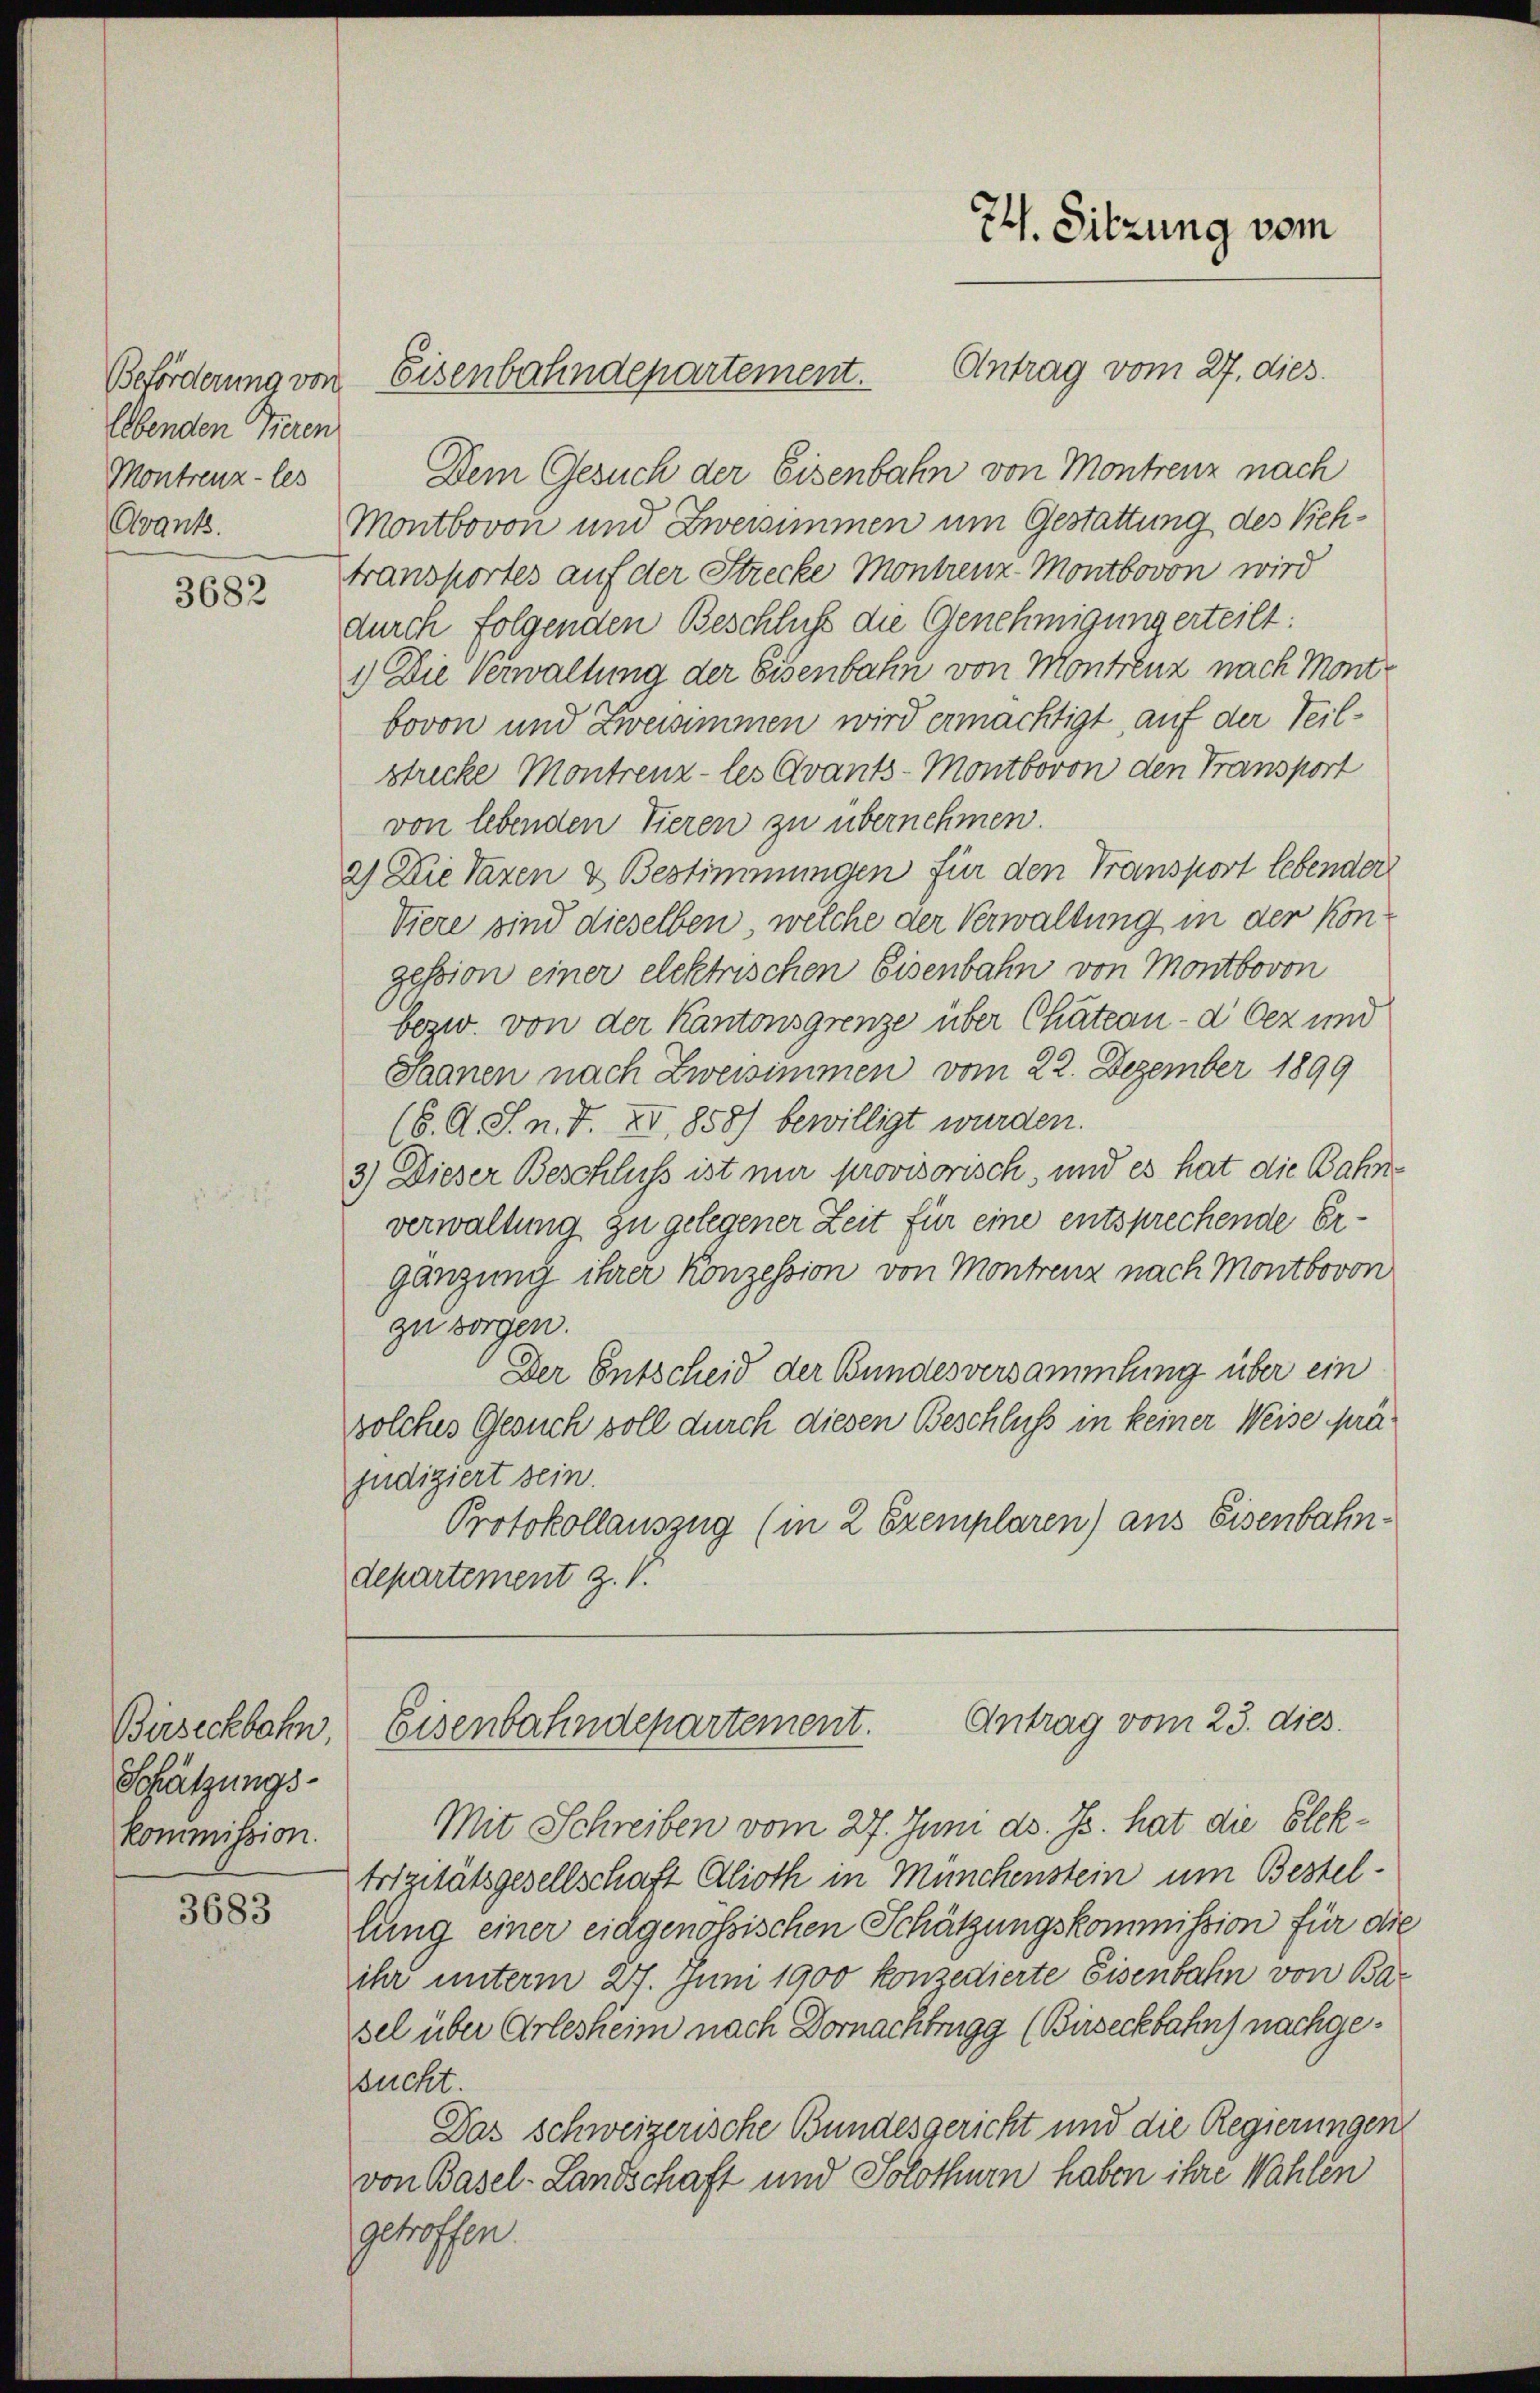
Beförderung von
Ebenden Tieren
Montrenz - les
Avant.

3682

Birseckbahn
Schätzungs-
kommission.

3683

Antrag vom 27. dies
Dem Gesuch der Eisenbahn von Montrenz nach
Montbovon und Zweisimmen um Gestattung des Rehtransportes auf der Strecke Montreuz-Montbovon wird
durch folgenden Beschluß die Genehmigung erteilt:
1.) Die Verwaltung der Eisenbahn von Montrenz nach Montbovon und Zweisimmen wird ermächtigt, auf der Teilstrecke Montrenz - les Avants-Montbovon den Transport
von lebenden Vieren zu übernehmen.
2) Die Taxen & Bestimmungen für den Transport lebender
Viere sind dieselben, welche der Verwaltung in der Kongession einer elektrischen Eisenbahn von Montbovon
bezw. von der Kantonsgrenze über Chätern - d Oez und
Saanen nach Zweisimmen vom 22. Dezember 1899
(6. A. S. n. F. XI. 858) bewilligt wurden.
3) Dieser Beschluss ist nur provisorisch, und es hat die Bahnverwaltung zu gelegener Zeit für eine entsprechende Ergänzung ihrer Konzession von Montrenz nach Montbovon
zu sorgen.
Der Entscheid der Bundesversammlung über ein
solches Gesuch soll durch diesen Beschluss in keiner Weise prä
judiziert sein.
Protokollauszug (in 2 Exemplaren) aus Eisenbahndepartement z. V.

Eisenbahndepartement.

74. Sitzung vom

Antrag vom 23. dies.
Eisenbahndepartement.

Mit Schreiben vom 27. Juni d. Js. hat die Elektrizitätsgesellschaft Alioth in Münchenstein um Bestellung einer eidgenössischen Schätzungskommission für die
ihr unterm 27. Juni 1900 konzedierte Eisenbahn von Basel über Arlesheim nach Dornachbrugg (Birseckbahn nachgesucht.
Das schweizerische Bundesgericht und die Regierungen
von Basel-Landschaft und Solothur haben ihre Wahlen
getroffen.